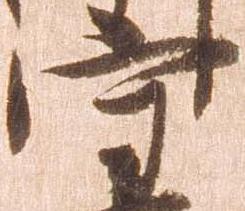
守